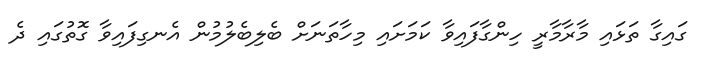
ގައިގާ ތަޅައި މާރާމާރީ ހިންގާފައިވާ ކަމަށައި މިހާތަނަށް ބެލިބެލުމުން އެނގިފައިވާ ގޮތުގައި ދެ